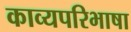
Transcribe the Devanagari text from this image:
काव्यपरिभाषा